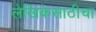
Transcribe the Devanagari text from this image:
लेखिकेसाठीचा